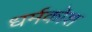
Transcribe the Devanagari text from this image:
धर्मकोश